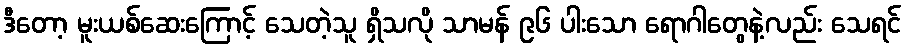
ဒီတော့ မူးယစ်ဆေးကြောင့် သေတဲ့သူ ရှိသလို သာမန် ၉၆ ပါးသော ရောဂါတွေနဲ့လည်း သေရင်